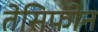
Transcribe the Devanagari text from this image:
तेसिफोन